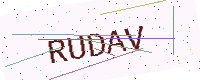
Text: RUDAV